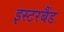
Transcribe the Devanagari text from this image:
इस्टरबैंड